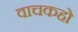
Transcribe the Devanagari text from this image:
वाचकहो